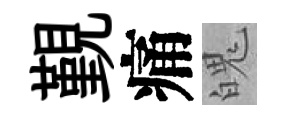
覲痛魄